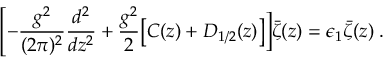
\Biggl [ - { \frac { g ^ { 2 } } { ( 2 \pi ) ^ { 2 } } } { \frac { d ^ { 2 } } { d z ^ { 2 } } } + { \frac { g ^ { 2 } } { 2 } } \bigl [ C ( z ) + D _ { 1 / 2 } ( z ) \bigr ] \biggr ] \bar { \zeta } ( z ) = \epsilon _ { 1 } \bar { \zeta } ( z ) \; .